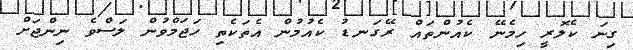
ގިނަ ކެލޮރީ ހިމެނޭ ކެއުންތައް ރޭގަނޑު ކެއުމުން އެތަކެތި ހަޖަމްވުން ލަސްވެ ނިންޖަށް